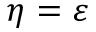
\eta = \varepsilon